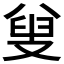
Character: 𠭦